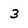
Character: 3